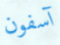
آسفون